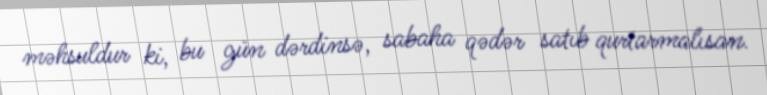
məhsuldur ki, bu gün dərdinsə, sabaha qədər satıb qurtarmalısan.